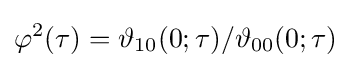
\varphi ^{2}(\tau )=\vartheta _{10}(0;\tau )/\vartheta _{00}(0;\tau )